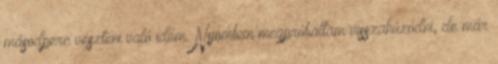
másodperc veszteni való időm. Nyomban megpróbáltam visszahúzódni, de már